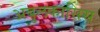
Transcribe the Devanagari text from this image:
अबुलकासिस